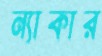
ন্যাকার